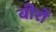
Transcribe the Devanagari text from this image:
बीरों